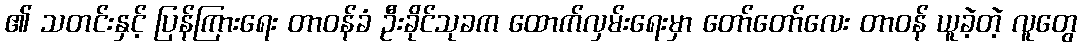
၏ သတင်းနှင့် ပြန်ကြားရေး တာဝန်ခံ ဦးခိုင်သုခက ထောက်လှမ်းရေးမှာ တော်တော်လေး တာဝန် ယူခဲ့တဲ့ လူတွေ